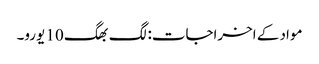
مواد کے اخراجات: لگ بھگ 10 یورو۔